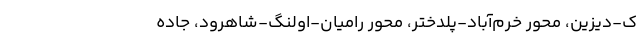
ک-دیزین، محور‌‌ خرم‌آباد-پلدختر، محور رامیان-اولنگ-شاهرود، جاده‌